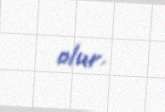
olur.